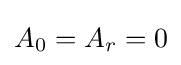
A_{0}=A_{r}=0